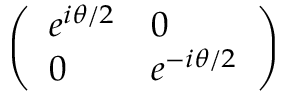
\left( \begin{array} { l l } { e ^ { i \theta / 2 } } & { 0 } \\ { 0 } & { e ^ { - i \theta / 2 } } \end{array} \right)